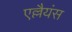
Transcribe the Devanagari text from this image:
एल्लैयंस